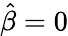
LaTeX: \hat{\beta}=0